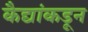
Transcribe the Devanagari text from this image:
कैद्यांकडून